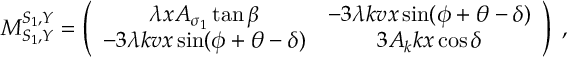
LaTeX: M _ { S _ { 1 } , Y } ^ { S _ { 1 } , Y } = \left( \begin{array} { c c } { { \lambda x A _ { \sigma _ { 1 } } \tan \beta } } & { { - 3 \lambda k v x \sin ( \phi + \theta - \delta ) } } \\ { { - 3 \lambda k v x \sin ( \phi + \theta - \delta ) } } & { { 3 A _ { k } k x \cos \delta } } \end{array} \right) \; ,